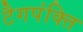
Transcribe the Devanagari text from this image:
टैगपंक्ति